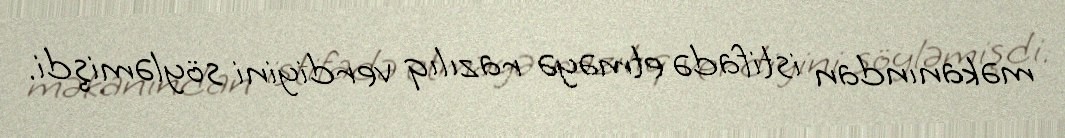
məkanından istifadə etməyə razılıq verdiyini söyləmişdi.